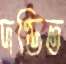
দণ্ডিত